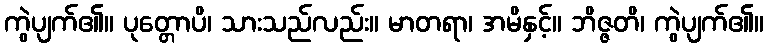
ကွဲပျက်၏။ ပုတ္တောပိ၊ သားသည်လည်း။ မာတရာ၊ အမိနှင့်။ ဘိဇ္ဇတိ၊ ကွဲပျက်၏။